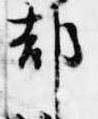
都